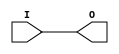
///////////////////////////////////////////////////////////////////////////////
//    Copyright (c) 1995/2009 Xilinx, Inc.
// 
//    Licensed under the Apache License, Version 2.0 (the "License");
//    you may not use this file except in compliance with the License.
//    You may obtain a copy of the License at
// 
//        http://www.apache.org/licenses/LICENSE-2.0
// 
//    Unless required by applicable law or agreed to in writing, software
//    distributed under the License is distributed on an "AS IS" BASIS,
//    WITHOUT WARRANTIES OR CONDITIONS OF ANY KIND, either express or implied.
//    See the License for the specific language governing permissions and
//    limitations under the License.
///////////////////////////////////////////////////////////////////////////////
//   ____  ____
//  /   /\/   /
// /___/  \  /    Vendor : Xilinx
// \   \   \/     Version : 10.1
//  \   \         Description : Xilinx Functional Simulation Library Component
//  /   /                  Clock Buffer
// /___/   /\     Filename : AUTOBUF.v
// \   \  /  \    Timestamp : 
//  \___\/\___\
//
// Revision:
//    04/08/08 - Initial version.
//    12/13/11 - Added `celldefine and `endcelldefine (CR 524859).
// End Revision

`timescale  1 ps / 1 ps


`celldefine

module AUTOBUF (O, I);

    parameter BUFFER_TYPE = "AUTO";

`ifdef XIL_TIMING

    parameter LOC = "UNPLACED";

`endif

    
    output O;

    input  I;

    initial begin
	
	case (BUFFER_TYPE)
	    "AUTO" : ;
	    "BUF" : ;
	    "BUFG" : ;
	    "BUFGP" : ;
	    "BUFH" : ;
	    "BUFIO" : ;
	    "BUFIO2" : ;
	    "BUFIO2FB" : ;
	    "BUFR" : ;
	    "IBUF" : ;
	    "IBUFG" : ;
	    "NONE" : ;
	    "OBUF" : ;
	    default : begin
		$display("Attribute Syntax Error : The Attribute BUFFER_TYPE on AUTOBUF instance %m is set to %s.  Legal values for this attribute are AUTO, BUF, BUFG, BUFGP, BUFH, BUFIO, BUFIO2, BUFIO2FB, BUFR, IBUF, IBUFG, NONE, and OBUF.", BUFFER_TYPE);
	    end
	endcase
	
    end

    buf B1 (O, I);
    
`ifdef XIL_TIMING

    specify

	(I => O) = (0:0:0, 0:0:0);
	specparam PATHPULSE$ = 0;
	
    endspecify

`endif
    
endmodule

`endcelldefine